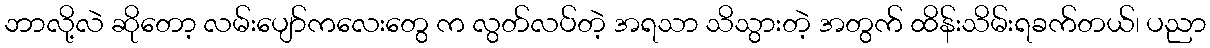
ဘာလို့လဲ ဆိုတော့ လမ်းပျော်ကလေးတွေ က လွတ်လပ်တဲ့ အရသာ သိသွားတဲ့ အတွက် ထိန်းသိမ်းရခက်တယ်၊ ပညာ